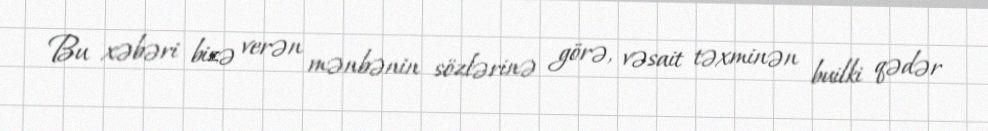
Bu xəbəri bizə verən mənbənin sözlərinə görə, vəsait təxminən builki qədər